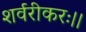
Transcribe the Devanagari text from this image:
शर्वरीकरः।।